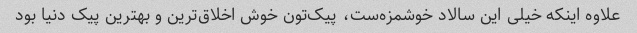
علاوه اینکه خیلی این سالاد خوشمزه‌ست، پیک‌تون خوش اخلاق‌ترین و بهترین پیک دنیا بود